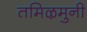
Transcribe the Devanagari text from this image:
तमिऴमुनी